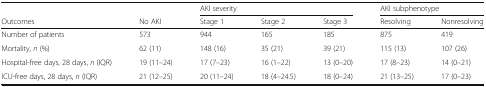
<table><thead><tr><td></td><td></td><td colspan="3"><b>AKI severity</b></td><td colspan="2"><b>AKI subphenotype</b></td></tr><tr><td><b>Outcomes</b></td><td><b>No AKI</b></td><td><b>Stage 1</b></td><td><b>Stage 2</b></td><td><b>Stage 3</b></td><td><b>Resolving</b></td><td><b>Nonresolving</b></td></tr></thead><tbody><tr><td>Number of patients</td><td>573</td><td>944</td><td>165</td><td>185</td><td>875</td><td>419</td></tr><tr><td>Mortality, <i>n</i> (%)</td><td>62 (11)</td><td>148 (16)</td><td>35 (21)</td><td>39 (21)</td><td>115 (13)</td><td>107 (26)</td></tr><tr><td>Hospital-free days, 28 days, <i>n</i> (IQR)</td><td>19 (11–24)</td><td>17 (7–23)</td><td>16 (1–22)</td><td>13 (0–20)</td><td>17 (8–23)</td><td>14 (0–21)</td></tr><tr><td>ICU-free days, 28 days, <i>n</i> (IQR)</td><td>21 (12–25)</td><td>20 (11–24)</td><td>18 (4–24.5)</td><td>18 (0–24)</td><td>21 (13–25)</td><td>17 (0–23)</td></tr></tbody></table>